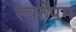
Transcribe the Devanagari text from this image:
स्वरुपम